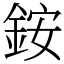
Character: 銨